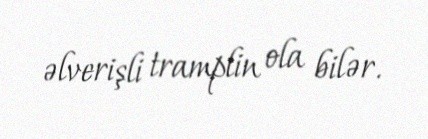
əlverişli tramplin ola bilər.